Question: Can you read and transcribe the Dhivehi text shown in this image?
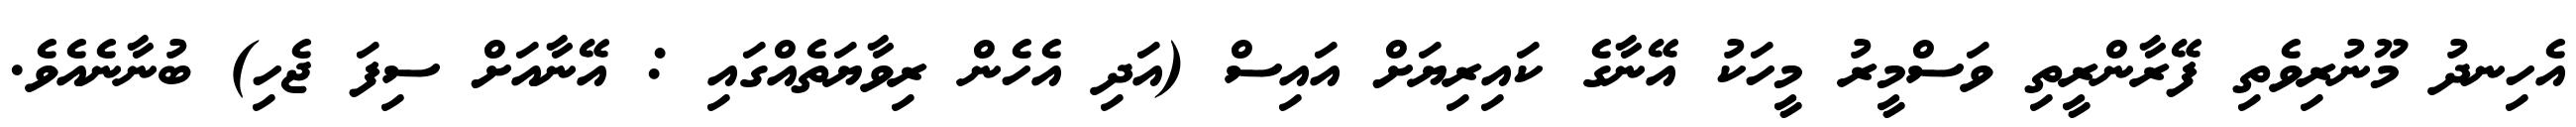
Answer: އެހިނދު މޫނުރިވެތި ފޭރާންރީތި ވަސްމީރު މީހަކު އޭނާގެ ކައިރިޔަށް އައިސް (އަދި އެހެން ރިވާޔަތެއްގައި : އޭނާއަށް ސިފަ ޖެހި) ބުނާނެއެވެ.